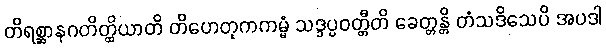
တိရစ္ဆာနဂတိတ္ထိယာတိ တိဟေတုကကမ္မံ သဒ္ဒပ္ပဝတ္တီတိ ခေတ္တန္တိ တံသဒိသေပိ အပဒါ